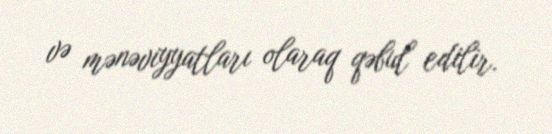
və mənəviyyatları olaraq qəbul edilir.